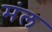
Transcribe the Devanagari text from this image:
मंल